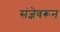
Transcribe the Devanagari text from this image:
संज्ञेवरून